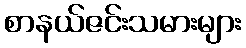
စာနယ်ဇင်းသမားများ